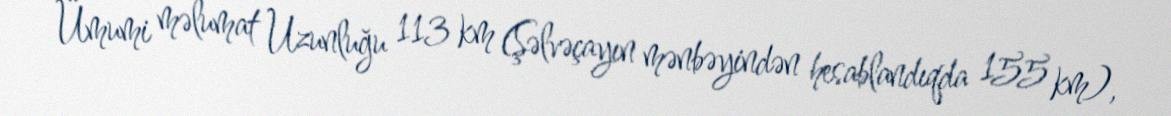
Ümumi məlumat Uzunluğu 113 km (Şəlvəçayın mənbəyindən hesablandıqda 155 km),